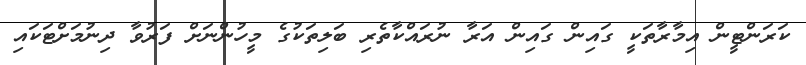
ކަރަންޓީން އިމާރާތަކީ ގައިން ގައިން އަރާ ނުރައްކާތެރި ބަލިތަކުގެ މީހުންނަށް ފަރުވާ ދިނުމަށްޓަކައި